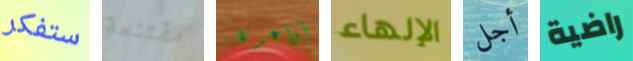
ستفكر مقتنعة أواعده الإلهاء أجل راضية